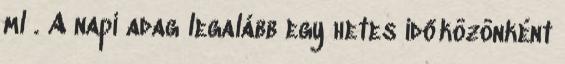
ml . A napi adag legalább egy hetes időközönként